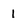
Character: I